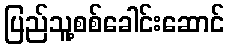
ပြည်သူ့စစ်ခေါင်းဆောင်